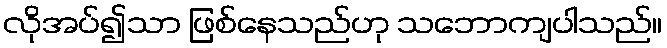
လိုအပ်၍သာ ဖြစ်နေသည်ဟု သဘောကျပါသည်။